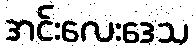
အင်းလေးဒေသ